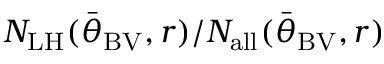
N _ { \mathrm { L H } } ( { \bar { \theta } } _ { \mathrm { B V } } , r ) / N _ { \mathrm { a l l } } ( { \bar { \theta } } _ { \mathrm { B V } } , r )